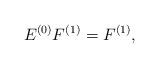
LaTeX: \begin{align*}E^{(0)}F^{(1)}=F^{(1)},\end{align*}